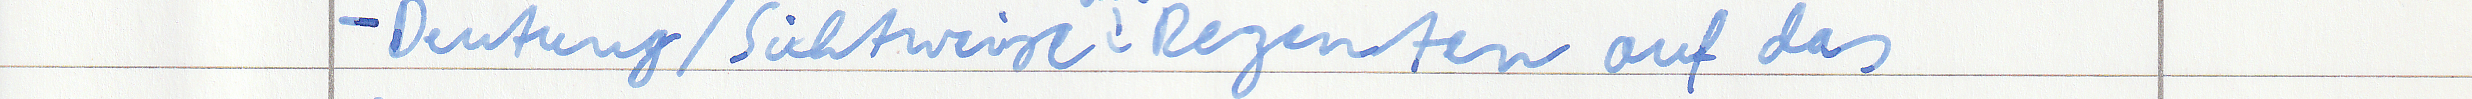
- Deutung / Sichtweise Rezenten auf das